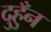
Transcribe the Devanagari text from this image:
दुहुँन